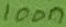
Text: 100n